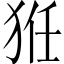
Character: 𤞘